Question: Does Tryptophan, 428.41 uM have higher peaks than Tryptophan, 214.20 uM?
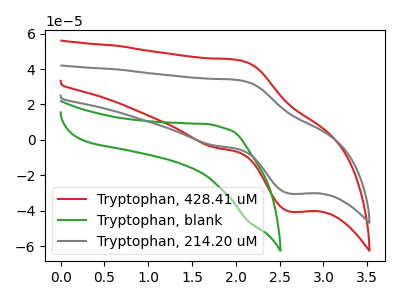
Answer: <think>The red curve "Tryptophan, 428.41 uM" has an anodic peak at (2.05V, 44.95uA) and a cathodic peak at (2.65V, -40.60uA). The green curve "Tryptophan, blank" has no peaks. The gray curve "Tryptophan, 214.20 uM" has an anodic peak at (2.05V, 33.70uA) and a cathodic peak at (2.65V, -30.40uA).</think>
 <answer>Every peak in "Tryptophan, 428.41 uM" is higher than every peak in "Tryptophan, 214.20 uM".</answer>
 <eval>higher</eval>